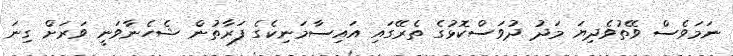
ނަމަވެސް ވޭތުވެދިޔަ މަދު ދުވަސްކޮޅުގެ ތެރޭގައި އައިސާމަނިކެގެ ފަރާތުން ޝެހެނާވަނީ ވަރަށް ގިނަ